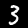
Label: 3